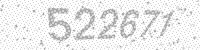
Solution: 522671